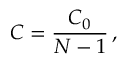
C = \frac { C _ { 0 } } { N - 1 } \, ,